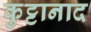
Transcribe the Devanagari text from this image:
कुट्टानाद